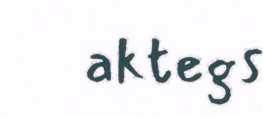
aktegs